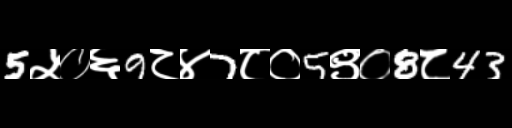
Text: 5५०६9८४7८०5९०8८43